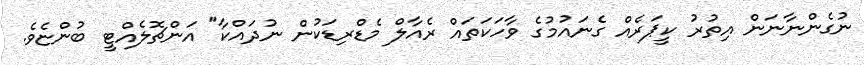
ނުގެންނާނަން އިތުރު ކީޕަރެއް ގެނައުމުގެ ވާހަކަތައް ރެއާލް މެޑްރިޑަކުން ނުދައްކާ" އަންޗޮލެއްޓީ ބުންޏެވެ.